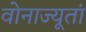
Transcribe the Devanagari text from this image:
वोनाज्यूतां